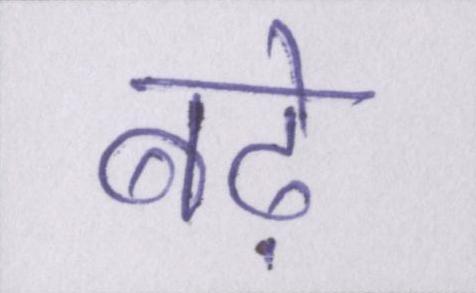
बढ़े